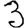
Digit: 3